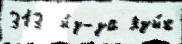
313  и́з-за язы́к